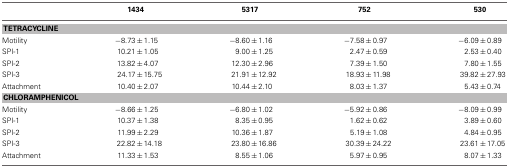
<table><thead><tr><td></td><td><b>1434</b></td><td><b>5317</b></td><td><b>752</b></td><td><b>530</b></td></tr></thead><tbody><tr><td colspan="5"><b>TETRACYCLINE</b></td></tr><tr><td>Motility</td><td>−8.73 ± 1.15</td><td>−8.60 ± 1.16</td><td>−7.58 ± 0.97</td><td>−6.09 ± 0.89</td></tr><tr><td>SPI-1</td><td>10.21 ± 1.05</td><td>9.00 ± 1.25</td><td>2.47 ± 0.59</td><td>2.53 ± 0.40</td></tr><tr><td>SPI-2</td><td>13.82 ± 4.07</td><td>12.30 ± 2.96</td><td>7.39 ± 1.50</td><td>7.80 ± 1.55</td></tr><tr><td>SPI-3</td><td>24.17 ± 15.75</td><td>21.91 ± 12.92</td><td>18.93 ± 11.98</td><td>39.82 ± 27.93</td></tr><tr><td>Attachment</td><td>10.40 ± 2.07</td><td>10.44 ± 2.10</td><td>8.03 ± 1.37</td><td>5.43 ± 0.74</td></tr><tr><td colspan="5"><b>CHLORAMPHENICOL</b></td></tr><tr><td>Motility</td><td>−8.66 ± 1.25</td><td>−6.80 ± 1.02</td><td>−5.92 ± 0.86</td><td>−8.09 ± 0.99</td></tr><tr><td>SPI-1</td><td>10.37 ± 1.38</td><td>8.35 ± 0.95</td><td>1.62 ± 0.62</td><td>3.89 ± 0.60</td></tr><tr><td>SPI-2</td><td>11.99 ± 2.29</td><td>10.36 ± 1.87</td><td>5.19 ± 1.08</td><td>4.84 ± 0.95</td></tr><tr><td>SPI-3</td><td>22.82 ± 14.18</td><td>23.80 ± 16.86</td><td>30.39 ± 24.22</td><td>23.61 ± 17.05</td></tr><tr><td>Attachment</td><td>11.33 ± 1.53</td><td>8.55 ± 1.06</td><td>5.97 ± 0.95</td><td>8.07 ± 1.33</td></tr></tbody></table>